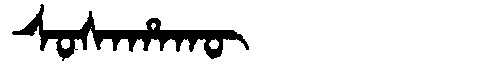
Manchu: ᠰᠣᠰᠠᡥᠠᡴᡡ
Romanization: SOSAHAKŪ